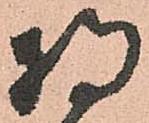
将